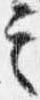
言